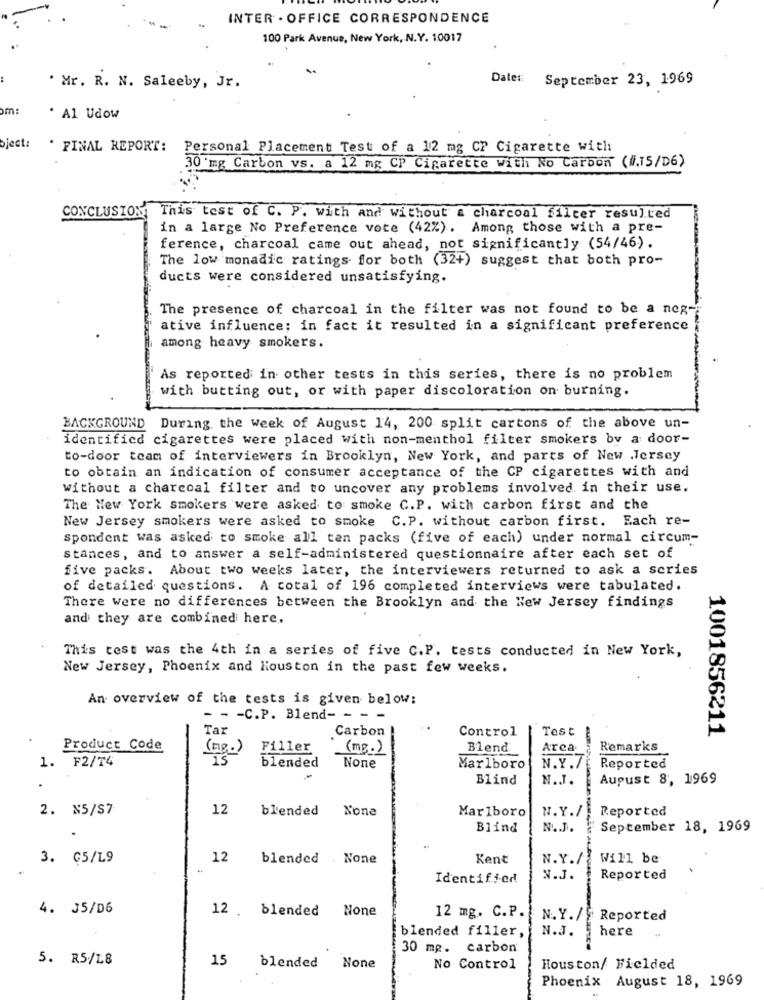
INTER . OFFICE CORRESPONDENCE
100 Park Avenue, New York, N.Y. 10017
Date ::
September 23, 1969
. Mr. R. N. Saleeby, Jr.
om:
* Al Udow
bject:
* FINAL REPORT: Personal Placement Test of a 12 mg CP Cigarette with
30 mg Carbon vs. a 12 mg CP Cigarette with No Carbon (#.15/D6)
CONCLUSION
This test of C. P. with and without a charcoal filter resulted
in a large No Preference vote (42%). Among those with a pre-
ference, charcoal came out ahead, not significantly (54/46).
The low monadic ratings for both (32+) suggest that both pro-
ducts were considered unsatisfying.
The presence of charcoal in the filter was not found to be a ner-
ative influence; in fact it resulted in a significant preference
among heavy smokers.
As reported in other tests in this series, there is no problem
with butting out, or with paper discoloration on burning.
BACKGROUND During the week of August 14, 200 split cartons of the above un-
identified cigarettes were placed with non-menthol filter smokers by a door-
to-door team of interviewers in Brooklyn, New York, and parts of New Jersey
to obtain an indication of consumer acceptance of the CP cigarettes with and
without a charcoal filter and to uncover any problems involved in their use.
The New York smokers were asked to smoke C.P. with carbon first and the
New Jersey smokers were asked to smoke C.P. without carbon first. Each re-
spondent was asked to smoke all ten packs (five of each) under normal circum-
stances, and to answer a self-administered questionnaire after each set of
five packs. About two weeks later, the interviewers returned to ask a series
of detailed questions. A total of 196 completed interviews were tabulated.
There were no differences between the Brooklyn and the New Jersey findings
and they are combined here.
This test was the 4th in a series of five C.P. tests conducted in New York,
New Jersey, Phoenix and Houston in the past few weeks.
An overview of the tests is given below:
- - - C.P. Blend- - -
Tar
Carbon
Control
Test
1001856211
Product Code
(mg.)
Filler
(mg.)
Blend
Arca
Remarks
1. F2/T4
blended
Marlboro
N.Y.7
Reported
Blind
N.J.
August 8, 1969
.
2. N5/S7
12
blended
Marlboro
N.Y./
Reported
Blind
N ... J.
September 18, 1969
3. G5/L9
12
blended . None
Kent
N.Y./
Will be
Identified
N.J.
Reported
4. 35/D6
12 .blended
12 mg. C.P.
N. Y./ Reported
blended filler,
N.J.
here
30 mg. carbon
5. R5/L8
15
blended None
No Control
Houston/ Fielded
Phoenix August 18, 1969